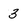
Character: 3